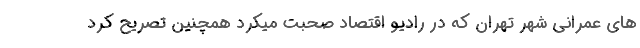
های عمرانی شهر تهران که در رادیو اقتصاد صحبت میکرد همچنین تصریح کرد